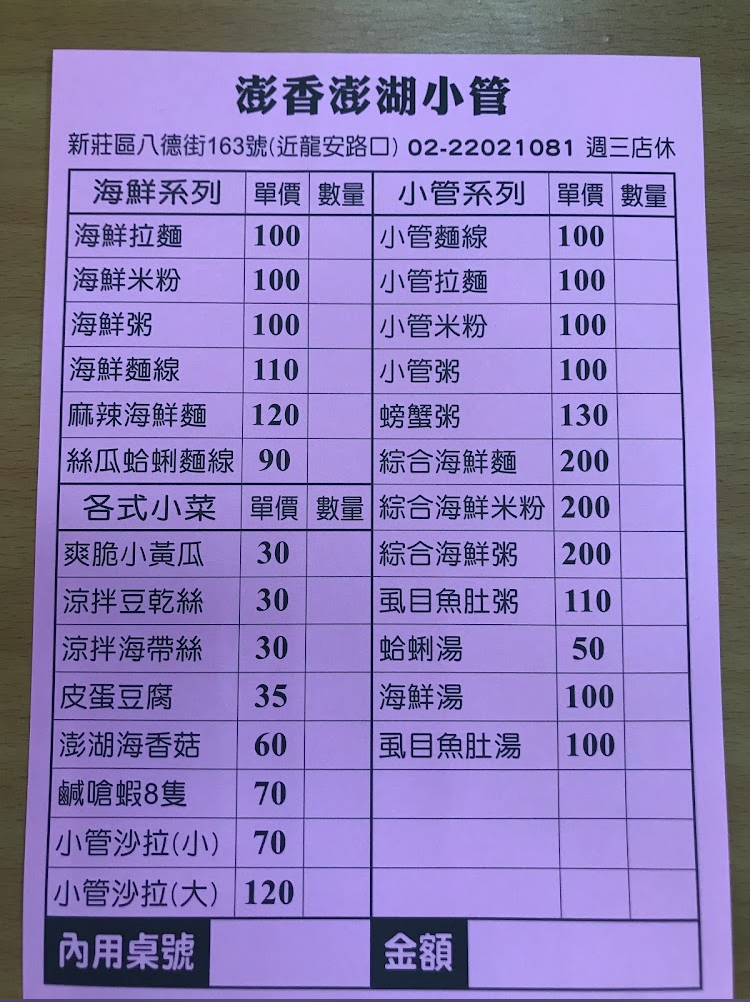
餐廳：澎香澎湖小管
地址：新莊區八德街163號(近龍安路口)
電話：02-22021081
營業時間：週三店休
菜單：
name: 海鮮拉麵
price: 100
name: 海鮮米粉
price: 100
name: 海鮮粥
price: 100
name: 海鮮麵線
price: 110
name: 麻辣海鮮麵
price: 120
name: 絲瓜蛤蜊麵線
price: 90
name: 綜合海鮮麵
price: 200
name: 綜合海鮮米粉
price: 200
name: 綜合海鮮粥
price: 200
name: 虱目魚肚粥
price: 110
name: 蛤蜊湯
price: 50
name: 海鮮湯
price: 100
name: 虱目魚肚湯
price: 100
name: 小管麵線
price: 100
name: 小管拉麵
price: 100
name: 小管米粉
price: 100
name: 小管粥
price: 100
name: 螃蟹粥
price: 130
name: 爽脆小黃瓜
price: 30
name: 涼拌豆乾絲
price: 30
name: 涼拌海帶絲
price: 30
name: 皮蛋豆腐
price: 35
name: 澎湖海香菇
price: 60
name: 鹹嗆蝦8隻
price: 70
name: 小管沙拉(小)
price: 70
name: 小管沙拉(大)
price: 120